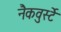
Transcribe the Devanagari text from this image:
नैकवुर्स्टे